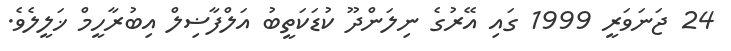
24 ޖަނަވަރީ 1999 ގައި އޭރުގެ ނިލަންދޫ ކުޑަކަތީބު އަލްފާޟިލް އިބުރާހީމް ޚަލީލެވެ.